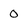
Character: 0